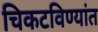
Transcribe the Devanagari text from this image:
चिकटविण्यांत